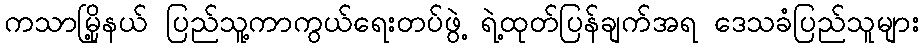
ကသာမြို့နယ် ပြည်သူ့ကာကွယ်ရေးတပ်ဖွဲ့ ရဲ့ထုတ်ပြန်ချက်အရ ဒေသခံပြည်သူများ